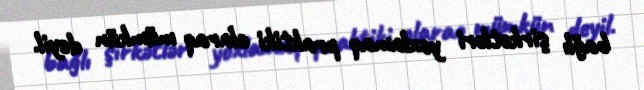
bağlı şirkətləri yoxlamaq praktiki olaraq mümkün deyil.